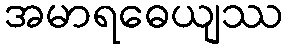
အမာရဓေယျဿ